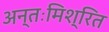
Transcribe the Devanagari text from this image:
अन्तःमिश्रित